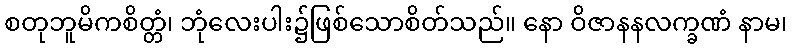
စတုဘူမိကစိတ္တံ၊ ဘုံလေးပါး၌ဖြစ်သောစိတ်သည်။ နော ဝိဇာနနလက္ခဏံ နာမ၊